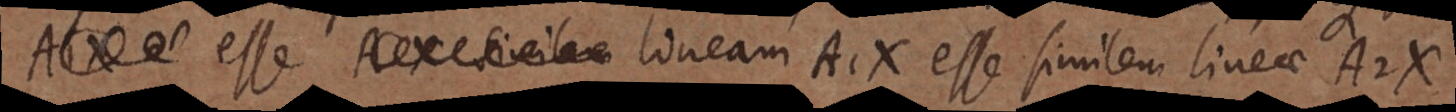
A1X esse A X similae lineam A1X esse similem lineae A2X